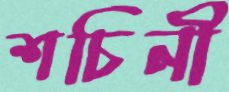
শচিনী